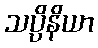
သပ္ပိနိယာ